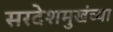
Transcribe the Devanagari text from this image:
सरदेशमुखंच्या